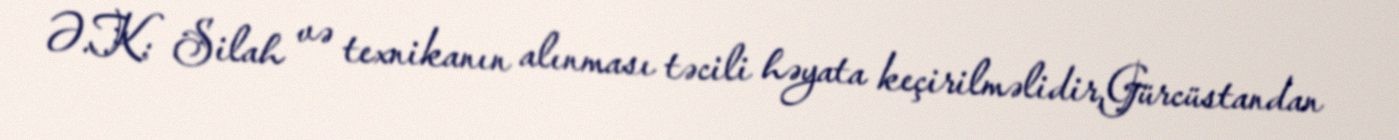
Ə.K: Silah və texnikanın alınması təcili həyata keçirilməlidir,Gürcüstandan